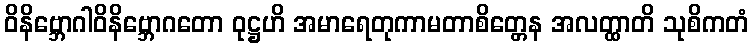
ဝိနိဗ္ဘောဂါဝိနိဗ္ဘောဂတော ဝုဋ္ဌဟိ အမာရေတုကာမတာစိတ္တေန အလတ္ထာတိ သုစိကတံ